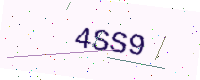
Text: 4SS9